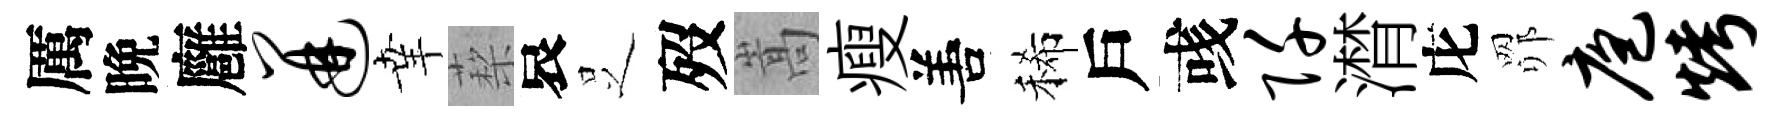
厲晩廱迸𦍒蔾哀𠯁歿嵩瘦𠵊稀戶彧阡潸庀𦊑庖烤